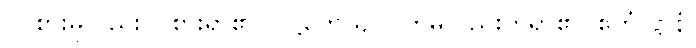
ဝင်စားမူလည်းဝင်စားရာ၏။ ဝုဋ္ဌဟေယျပိ၊ တမူလည်းတရာ၏။ ဧတံ ဋ္ဌာနံ၊